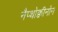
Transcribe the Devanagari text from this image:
नैप्थोक्वीनोन